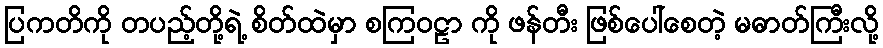
ပြကတိကို တပည့်တို့ရဲ့ စိတ်ထဲမှာ စကြဝဠာ ကို ဖန်တီး ဖြစ်ပေါ်စေတဲ့ မဓာတ်ကြီးလို့